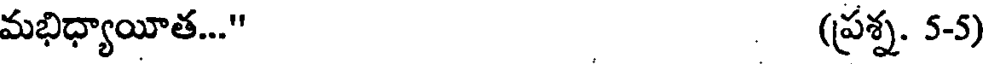
మభిధ్యాయీత..." (ప్రశ్న. 5-5)